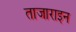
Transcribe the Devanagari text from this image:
ताजाराइन